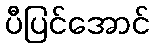
ပီပြင်အောင်